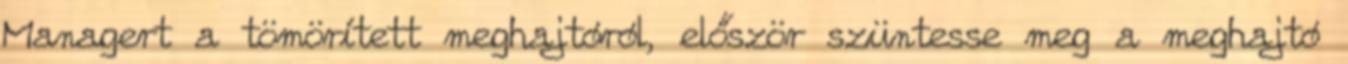
Managert a tömörített meghajtóról, először szüntesse meg a meghajtó